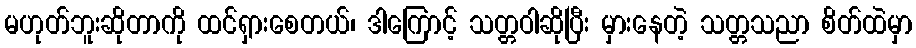
မဟုတ်ဘူးဆိုတာကို ထင်ရှားစေတယ်၊ ဒါကြောင့် သတ္တဝါဆိုပြီး မှားနေတဲ့ သတ္တသညာ စိတ်ထဲမှာ